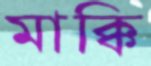
মাক্কি